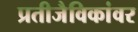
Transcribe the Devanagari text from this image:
प्रतीजैविकांवर